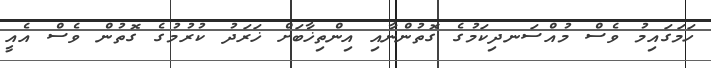
ހަމަގައިމު ވެސް މުއްސަނދިކަމުގެ ގޮތުންނާއި އިންތިޚާބަށް ޚަރަދު ކުރުމުގެ ގޮތުން ވެސް އެއީ